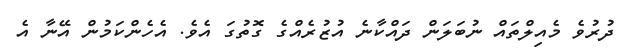
ދުރުވެ މެއިލްތައް ނުބަލަން ދައްކާނެ އުޒުރެއްގެ ގޮތުގަ އެވެ. އެހެންކަމުން އޭނާ އެ